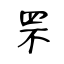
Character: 罘